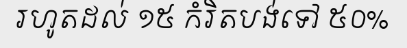
រហូតដល់ ១៥ កំរិតបង់ទៅ ៥០%